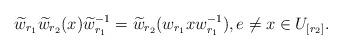
LaTeX: \begin{align*}\widetilde{w}_{r_1}\widetilde{w}_{r_2}(x)\widetilde{w}_{r_1}^{-1} =\widetilde{w}_{r_2}(w_{r_1}xw_{r_1}^{-1}),e\not=x\in U_{[r_2]}.\end{align*}